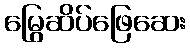
မြွေဆိပ်ဖြေဆေး